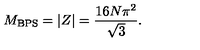
M _ { \mathrm { B P S } } = \left| Z \right| = \frac { 1 6 N \pi ^ { 2 } } { \sqrt { 3 } } .